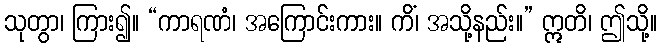
သုတွာ၊ ကြား၍။ “ကာရဏံ၊ အကြောင်းကား။ ကိံ၊ အသို့နည်း။” ဣတိ၊ ဤသို့။